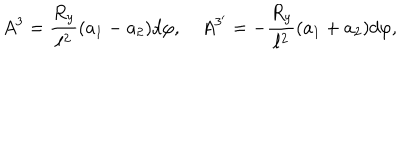
A ^ { 3 } = { \frac { R _ { y } } { \ell ^ { 2 } } } ( a _ { 1 } - a _ { 2 } ) d \varphi , \quad A ^ { 3 ^ { \prime } } = - { \frac { R _ { y } } { \ell ^ { 2 } } } ( a _ { 1 } + a _ { 2 } ) d \varphi ,